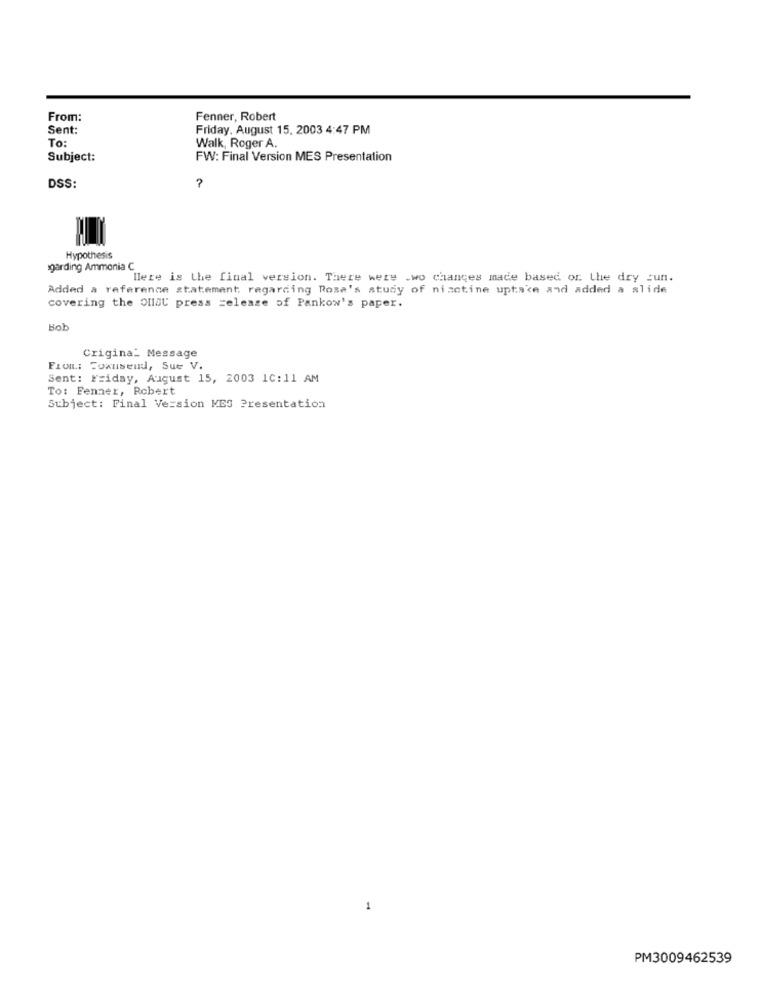
From:
Fenner, Robert
Sent:
Friday, August 15, 2003 4:47 PM
To:
Walk, Roger A.
Subject:
FW: Final Version MES Presentation
DSS:
?
Hypothesis
garding Ammonia C
Here is the final version. There were .wo changes made based or. Lhe dry run.
Added a reference statement regarding Rosa's study of nizctine uptake and added a slide
covering the Ollal press release of Pankow's paper.
Bob
Crigina_ Message
FIOR: Coxuseud, Sue V.
Sent: Friday, August 15, 2003 1C: 11 AM
To: Fenner, Robert
Subject: Final Version MES Presentation
1
PM3009462539